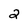
Character: 2